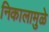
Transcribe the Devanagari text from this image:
निकालामुळे